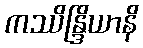
ကဿိန္ဒြိယာနိ